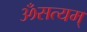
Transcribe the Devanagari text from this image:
ॐसत्यम्